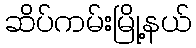
ဆိပ်ကမ်းမြို့နယ်